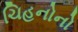
ચિહનોનો